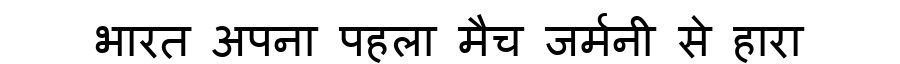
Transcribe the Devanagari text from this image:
भारत अपना पहला मैच जर्मनी से हारा